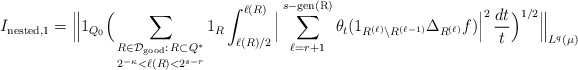
\begin{align*}I_{\textup{nested}, 1} = \Big\| 1_{Q_0} \Big( \mathop{\sum_{R \in \mathcal{D}_{\textup{good}}:\, R \subset Q^*}}_{2^{-\kappa} < \ell(R) < 2^{s-r}} 1_{R} \int_{\ell(R)/2}^{\ell(R)} \Big| \mathop{\sum_{\ell=r+1}^{s-\textup{gen(R)}}} \theta_t (1_{R^{(\ell)} \setminus R^{(\ell-1)}}\Delta_{R^{(\ell)}} f) \Big|^2\, \frac{dt}{t}\Big)^{1/2} \Big\|_{L^q(\mu)} \end{align*}